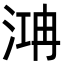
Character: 㴂